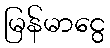
မြန်မာငွေ